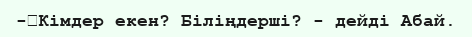
-	Кімдер екен? Біліңдерші? - дейді Абай.